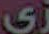
زي